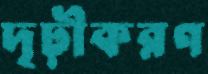
দৃঢ়ীকরণ